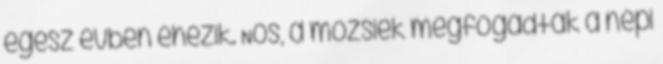
egész évben éhezik. Nos, a mözsiek megfogadták a népi